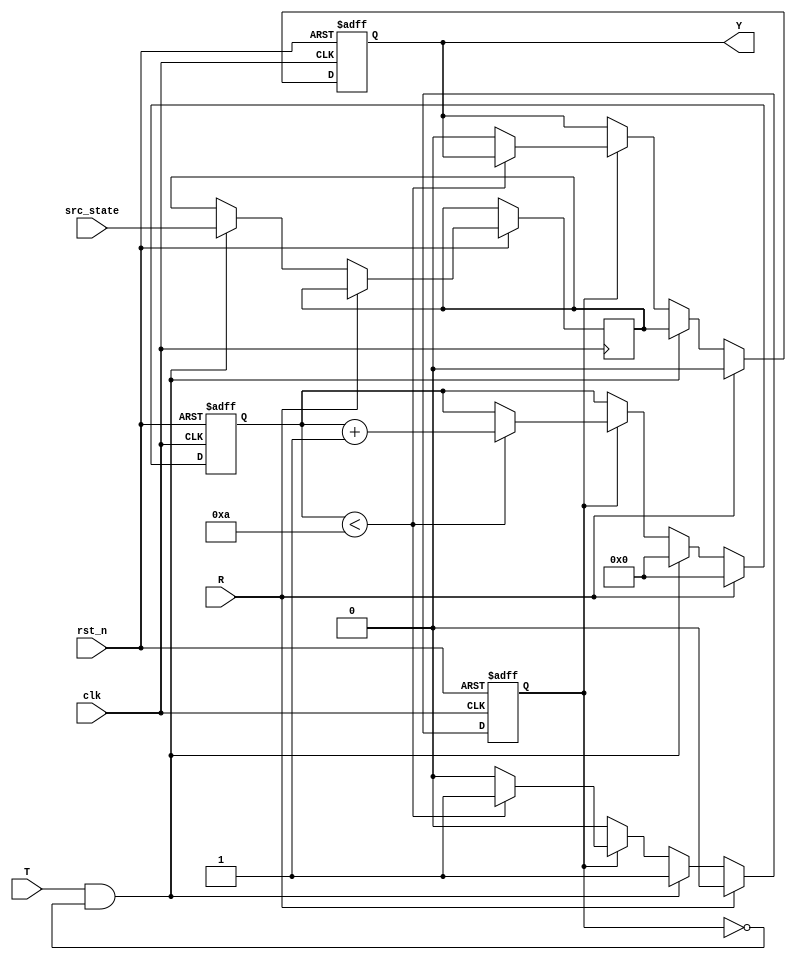
module hold_condition (
    input  wire        clk,       // Clock signal
    input  wire        rst_n,     // Active low reset
    input  wire        T,         // Trigger input
    input  wire        R,         // Reset input
    input  wire [N-1:0] src_state, // Source state to hold (N is the width of the input)
    output reg  [N-1:0] Y         // Hold output
);
    parameter N = 1;              // Bit width of the output
    parameter H = 10;             // Hold duration (in clock cycles, adjust as needed)

    reg [3:0] count;              // Counter for hold timing
    reg hold_active;              // Indicate if hold is active
    reg [N-1:0] hold_value;       // Value to hold

    always @(posedge clk or negedge rst_n) begin
        if (!rst_n) begin
            Y <= 0;               // Reset the output
            count <= 0;
            hold_active <= 0;
        end else if (R) begin
            Y <= 0;               // Immediately reset if R is asserted
            count <= 0;
            hold_active <= 0;
        end else if (T && !hold_active) begin
            hold_value <= src_state; // Capture the source state on trigger
            Y <= hold_value;          // Set output to hold value
            count <= 0;               // Reset the counter
            hold_active <= 1;         // Activate hold condition
        end else if (hold_active) begin
            if (count < H) begin
                count <= count + 1;   // Increment hold time counter
            end else begin
                hold_active <= 0;      // Deactivate hold after duration
                Y <= 0;                // Return to default state (can be modified)
            end
        end
    end
endmodule